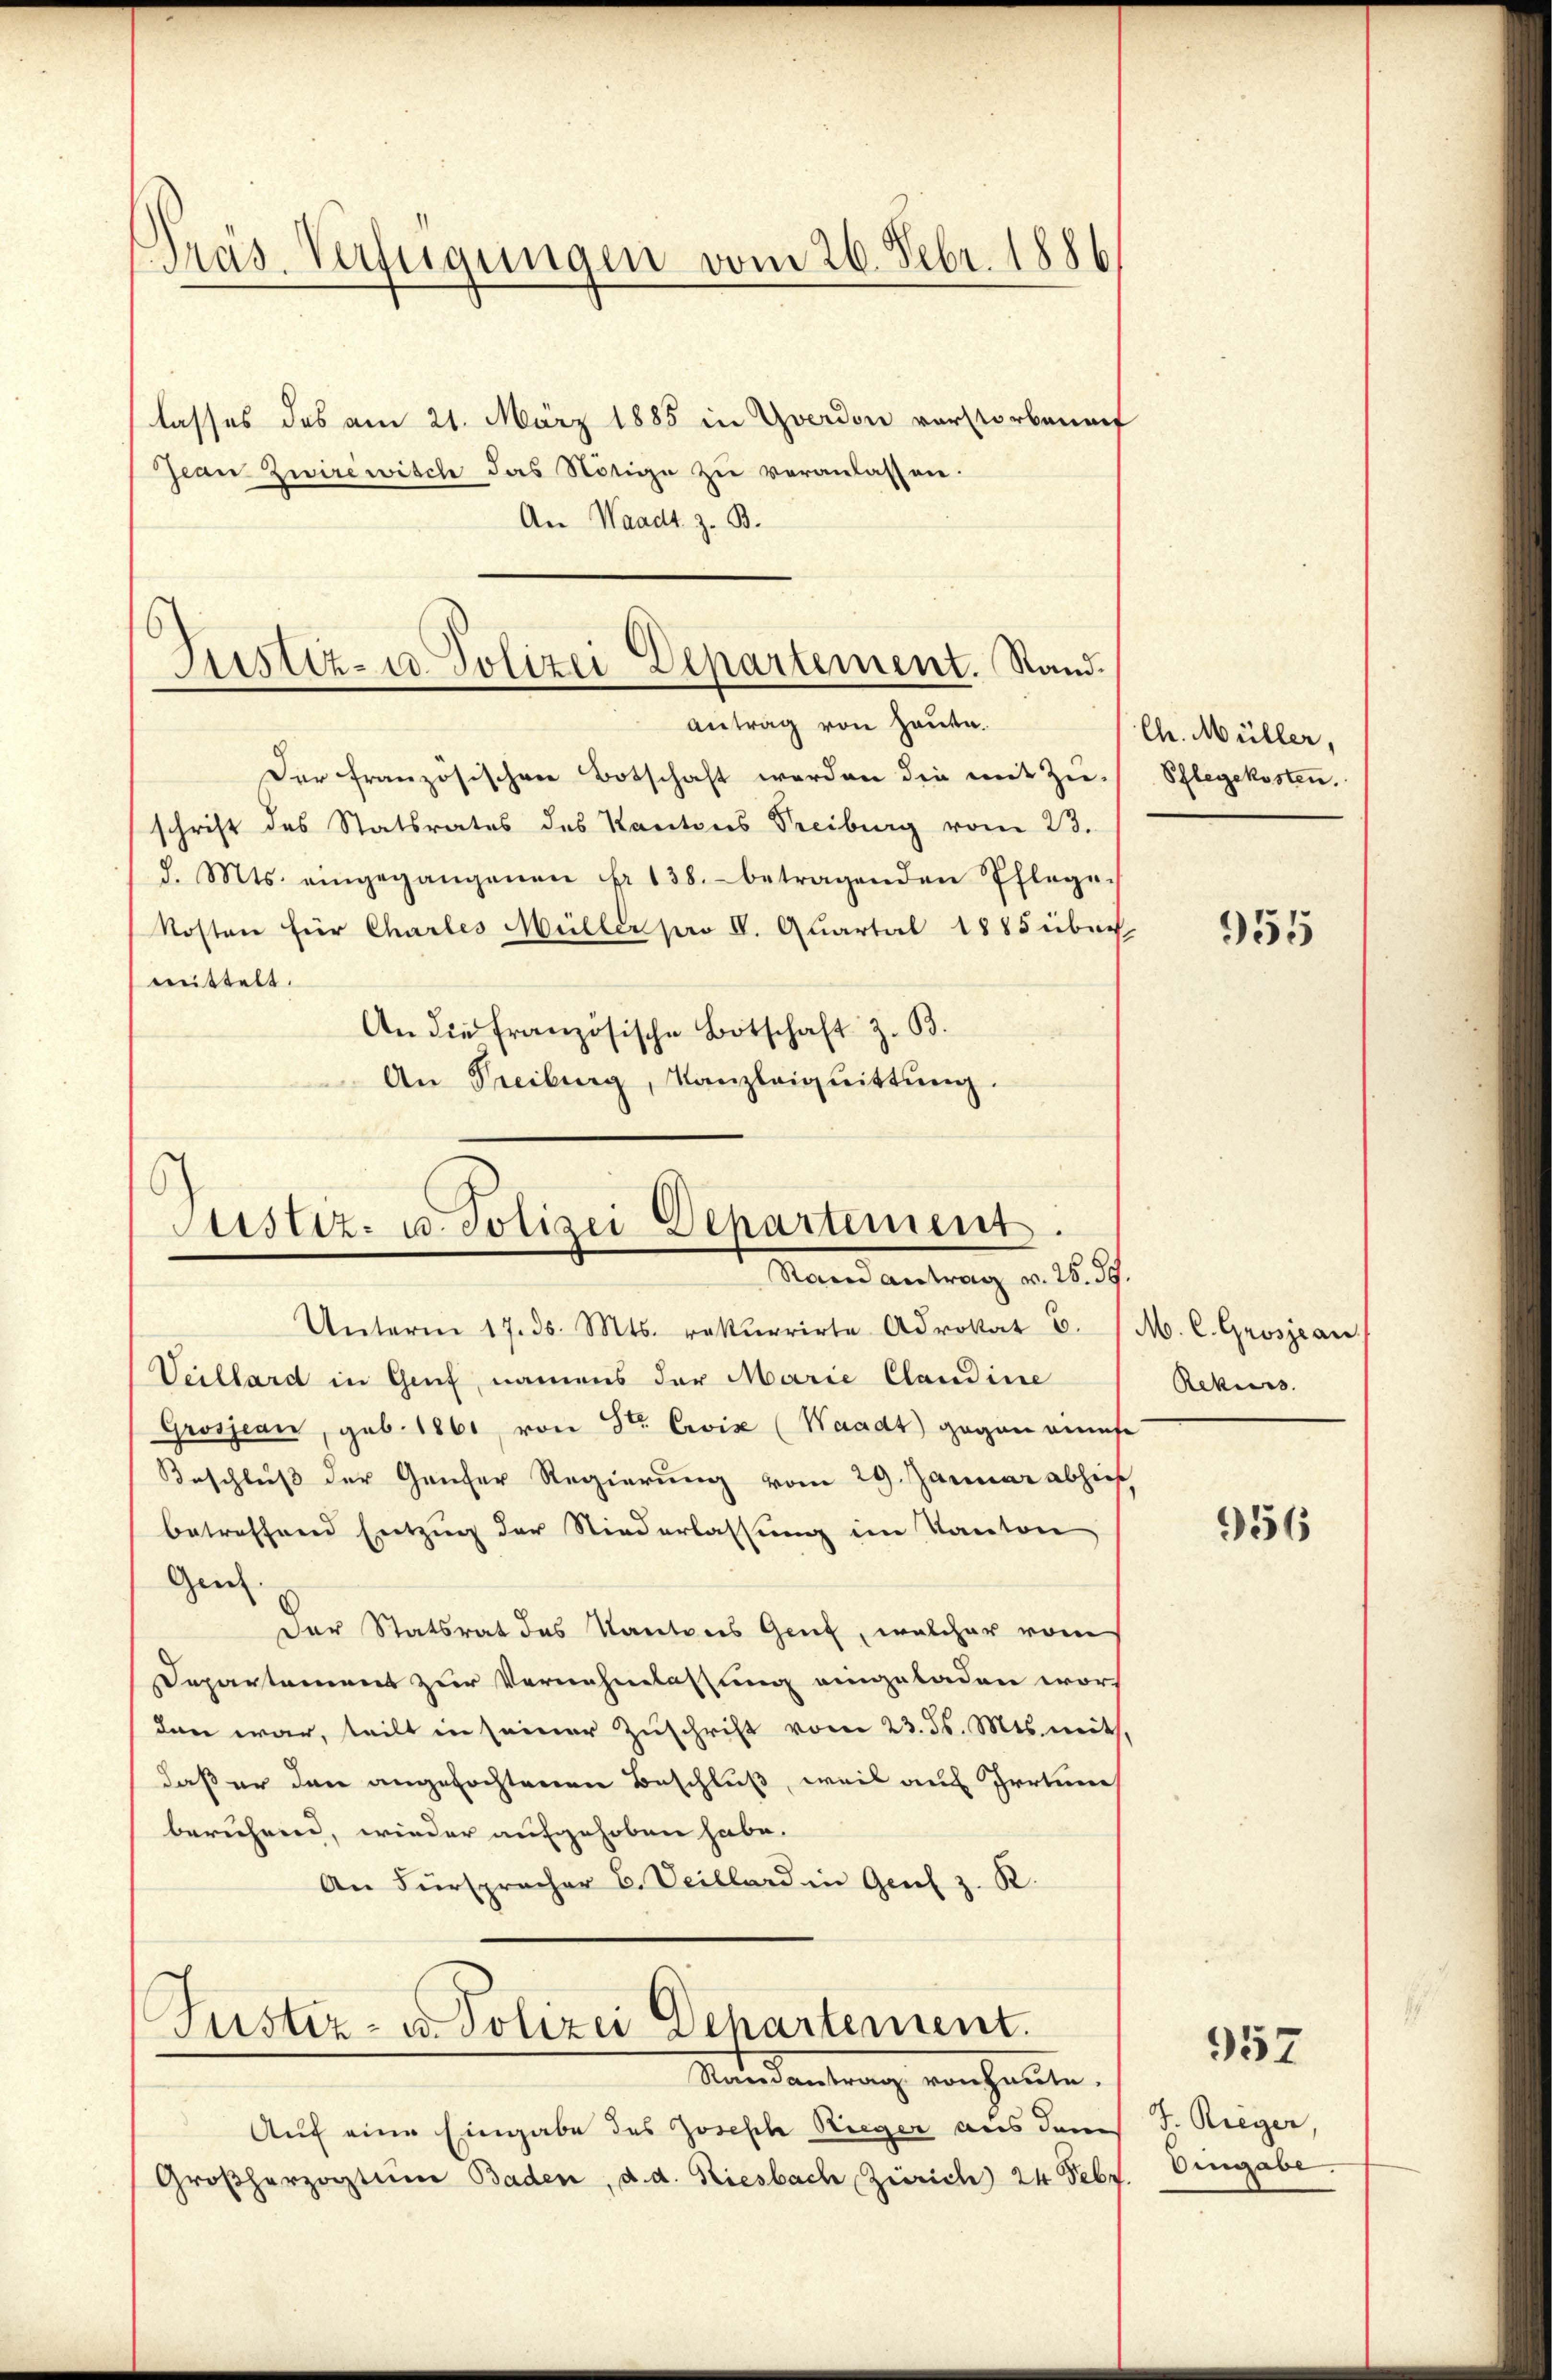
Pras. Verfügungen vom 26. Febr. 1886

lasses des am 21. März 1885 in Yverdon verstorbenef
Jean Zwirewisch das Nötige zŭ veranlassen.
An Waadt z. B.

Justiz- u Polizei Departement. Stand

6
Justiz- u. Polizei Departement.
Stand antrag v. 25. 39.

antrag von Hause.
Der französischen Botschaft werden die mit Zu-
schrift des Statsrates des Kantons Treiburg vom 23.
d. Mts. eingegangenen Fr. 138. betragenden Pflege-
Kosten für Charles Müller pro IV. Quartal 1885 über
mittelt.
An die französische Botschaft z. B.
An Freiburg, Kanzleiguittung.

Unterm 17. ds. Mts. rekurrirte Advokat E.
Veillard in Genf, namens der Marie Claudine
Grosjean, geb. 1861 von Str. Civis (Waadt gegen eines
Beschluß der Genfer Regierung vom 29. Januar absich
betreffend Entzug der Niederlassung im Kanton
Gen
Der Statsrat das Kantons Genf, welcher vom
Departement zur Vernehmlassung eingeladen worden war, teilt in seiner Zuschrift vom 23. ds. Mts. mit.
daß er den angefochtenen Beschluß, weil auf Irrtum
beruhend, wieder aufgehoben habe.
An Fürspracher C. Veillard in Genf z. R.
Justiz- u. Polizei Departement.
Mandantrag vorhalte.
Auf eine Eingabe des Josisch Rieger aus dem
Großherzogtum Baden, d. d. Riesbach Zürich 24 Febr

Ch. Müller,
Pflegekosten.

955

M. C. Grosjean
Rekurs.

956

957

J. Rieger,
Eingabe